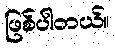
ဖြစ်ပါတယ်။